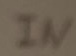
Text: IN